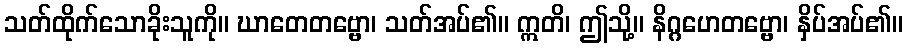
သတ်ထိုက်သောခိုးသူကို။ ဃာတေတဗ္ဗော၊ သတ်အပ်၏။ ဣတိ၊ ဤသို့။ နိဂ္ဂဟေတဗ္ဗော၊ နှိပ်အပ်၏။